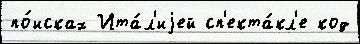
по́исках Ита́л'иjей сп'екта́кл'е код